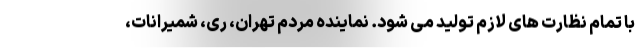
با تمام نظارت های لازم تولید می شود. نماینده مردم تهران، ری، شمیرانات،